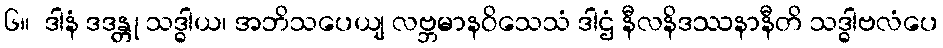
၆။  ဒါနံ ဒဒန္တု သဒ္ဓါယ၊ အဘိသပေယျ လဗ္ဘမာနဝိသေသံ ဒါဌံ နီလနိဒဿနာနီတိ သဒ္ဓါဗလံပေ